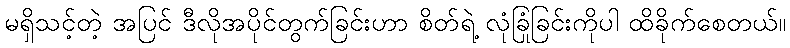
မရှိသင့်တဲ့ အပြင် ဒီလိုအပိုင်တွက်ခြင်းဟာ စိတ်ရဲ့ လုံခြုံခြင်းကိုပါ ထိခိုက်စေတယ်။